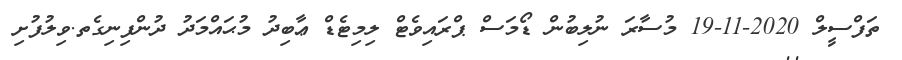
ތަފްސީލް 2020-11-19 މުސާރަ ނުލިބުން ޑޯމަސް ޕްރައިވެޓް ލިމިޓެޑް ޢާބިދު މުޙައްމަދު ދުންފިނިގެތ.ވިލުފުށި